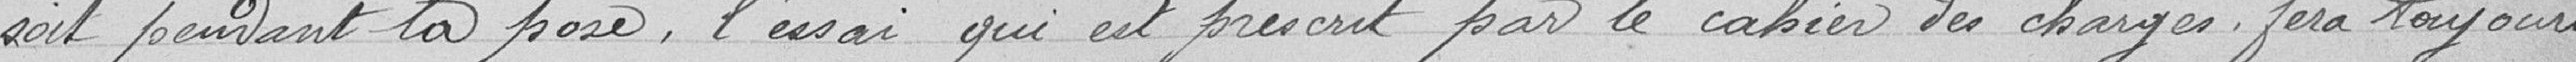
soit pendant la pose, l'essai qui est prescrit par le cahier des charges fera toujours